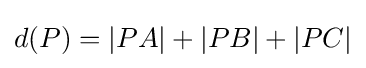
d(P)=|PA|+|PB|+|PC|